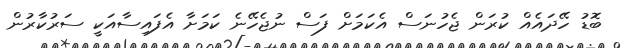
ބޮޑު ހޭދައެއް ކުރަން ޖެހުނަސް އެކަމަށް ފަސް ނުޖެހޭނެ ކަމަށާ އެފައިސާއަކީ ސަރުކާރުން